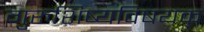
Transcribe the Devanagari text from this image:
गुरुशिष्यविषयक